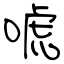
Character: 唬